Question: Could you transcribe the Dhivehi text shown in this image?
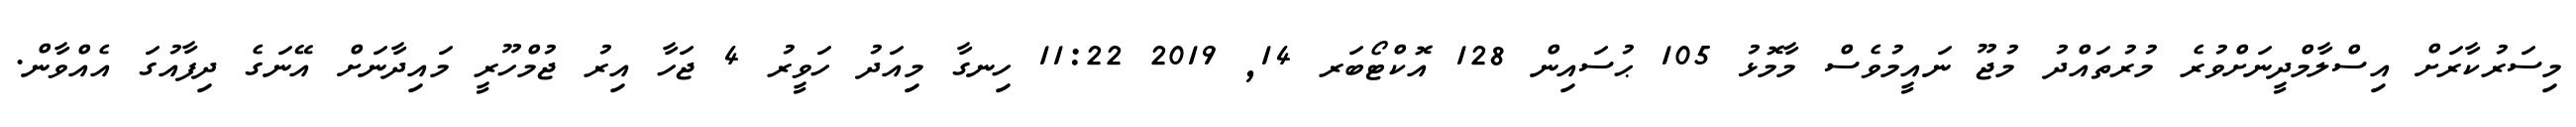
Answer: މިސަރުކާރަށް އިސްލާމްދީނަށްވުރެ މުރުތައްދު މުޖޫ ނައީމުވެސް މާމޮޅު 105 ޙުސައިން 128 އޮކްޓޯބަރ 14, 2019 11:22 ހިނގާ މިއަދު ހަވީރު 4 ޖަހާ އިރު ޖުމްހޫރީ މައިދާނަށް އޭނަގެ ދިފާއުގަ އެއްވާން.